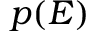
p ( E )